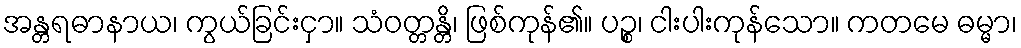
အန္တရဓာနာယ၊ ကွယ်ခြင်းငှာ။ သံဝတ္တန္တိ၊ ဖြစ်ကုန်၏။ ပဉ္စ၊ ငါးပါးကုန်သော။ ကတမေ ဓမ္မာ၊